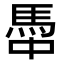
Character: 馽